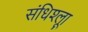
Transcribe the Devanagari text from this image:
संधिश्लूा